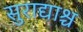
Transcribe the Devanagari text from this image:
सुराद्याश्च